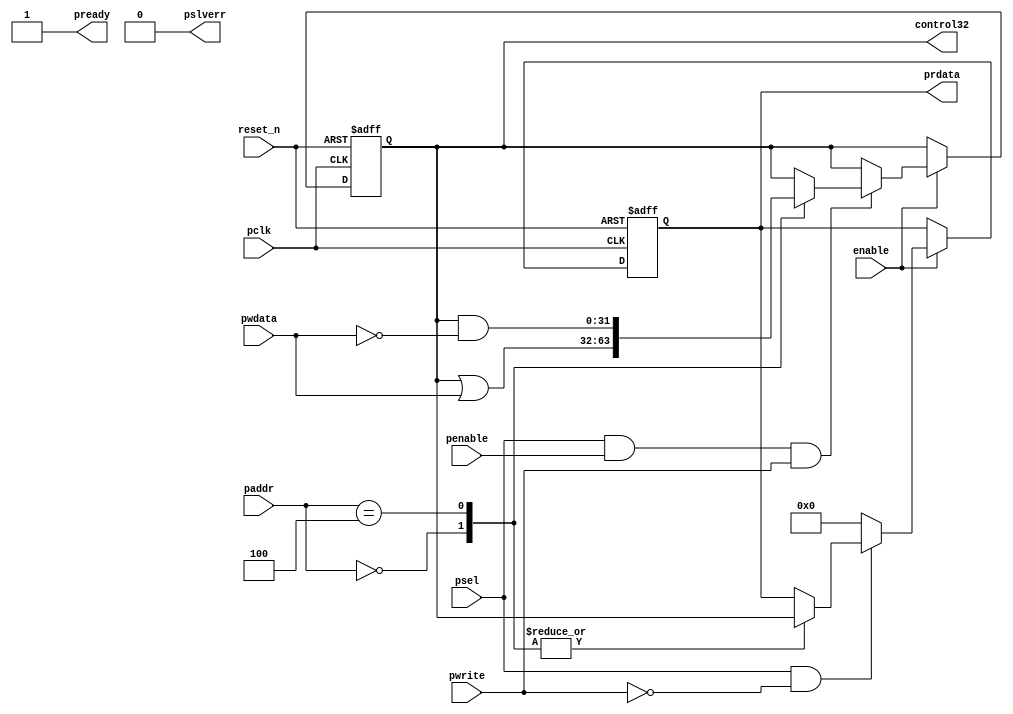
//
// Sample APB register code
// Write set and write clear registers
// Adress offset from psel:
//   0x00 : 32 bit read & write set  register
//     If write data bit is 1 : set corresponding register bit
//     If write data bit is 0 : coresponding register bit remain unchanged
//
//   0x04 : 32 bit read & write clear register
//     If write data bit is 1 : clear corresponding register bit
//     If write data bit is 0 : coresponding register bit remain unchanged
//
//
// Freeware September 2015, Fen Logic Ltd.
// This code is free and is delivered 'as is'.
// It comes without any warranty, to the extent permitted by applicable law.
// There are no restrictions to any use or re-use of this code
// in any form or shape. It would be nice if you keep my company name
// in the source or modified source code but even that is not
// required as I can't check it anyway.
// But the code comes with no warranties or guarantees whatsoever.
//
//
//

module apb_wrtsetclr (
   // system
   input             reset_n,
   input             enable,  // clock gating 

   // APB
   input             pclk,            
   input      [ 2:0] paddr,   // ls 2 bits are unused 
   input             pwrite,
   input             psel,
   input             penable,
   input      [31:0] pwdata,
   output reg [31:0] prdata,
   output            pready,
   output            pslverr,

   // Interface
   output reg [31:0] control32
);

wire apb_write = psel & penable & pwrite;
wire apb_read  = psel & ~pwrite;

   assign pready  = 1'b1;
   assign pslverr = 1'b0;
   
   always @(posedge pclk or negedge reset_n)
   begin
      if (!reset_n)
      begin
         control32 <= 32'h0;
         prdata    <= 32'h0;
      end // reset
      else if (enable)
      begin
         
         if (apb_write)
         begin
            case (paddr)
            3'h0 : control32 <= control32 | pwdata;
            3'h4 : control32 <= control32 & ~pwdata;
            endcase
         end // write
         
         if (apb_read)
         begin
            case (paddr)
            3'h0 : prdata <= control32;
            3'h4 : prdata <= control32; 
            endcase
         end // read
         else
            prdata <= 32'h0; // so we can OR all busses
      end // clocked
   end // always 
   
endmodule